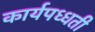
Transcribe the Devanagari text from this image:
कार्यपध्धती